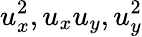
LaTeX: u_{x}^{2},u_{x}u_{y},u_{y}^{2}